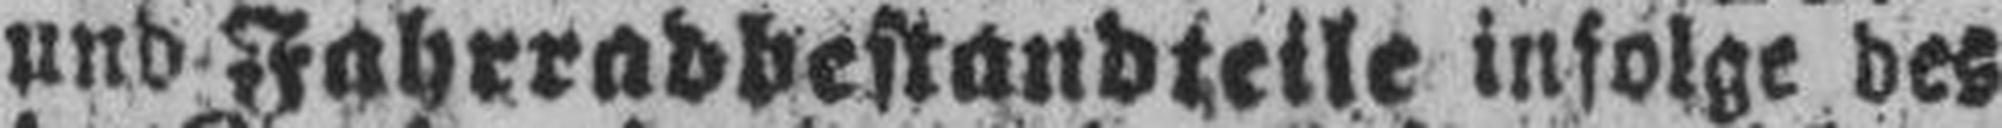
und Fahrradbestandteile infolge des